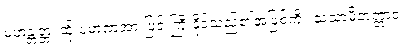
မဟန္တတ္တံ၊ ထို ပမာဏအားဖြင့် ကြီးနိုင်သည်၏အဖြစ်ကို။ သသာမိတတ္တာဝ၊